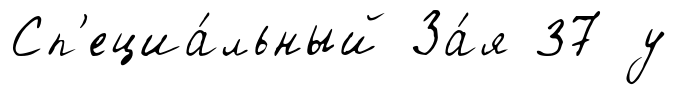
Сп'ециа́льный За́я 37 у